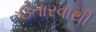
ઉતારવાથી